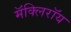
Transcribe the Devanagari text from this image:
मॅक्लिरॉय